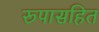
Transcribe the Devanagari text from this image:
रूपासहित